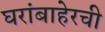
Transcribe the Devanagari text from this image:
घरांबाहेरची